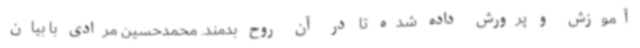
آموزش و پرورش داده شده تا در آن روح بدمند. محمدحسین مرادی با بیان